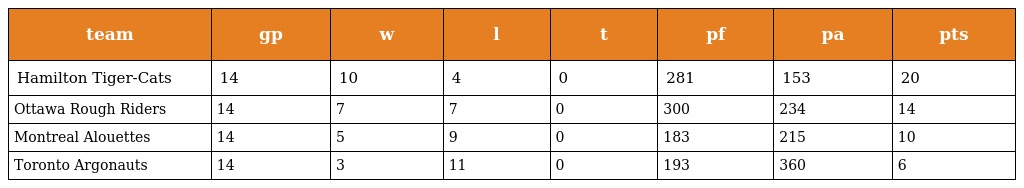
| team | gp | w | l | t | pf | pa | pts |
 | --- | --- | --- | --- | --- | --- | --- | --- |
 | Hamilton Tiger-Cats | 14 | 10 | 4 | 0 | 281 | 153 | 20 |
 | Ottawa Rough Riders | 14 | 7 | 7 | 0 | 300 | 234 | 14 |
 | Montreal Alouettes | 14 | 5 | 9 | 0 | 183 | 215 | 10 |
 | Toronto Argonauts | 14 | 3 | 11 | 0 | 193 | 360 | 6 |